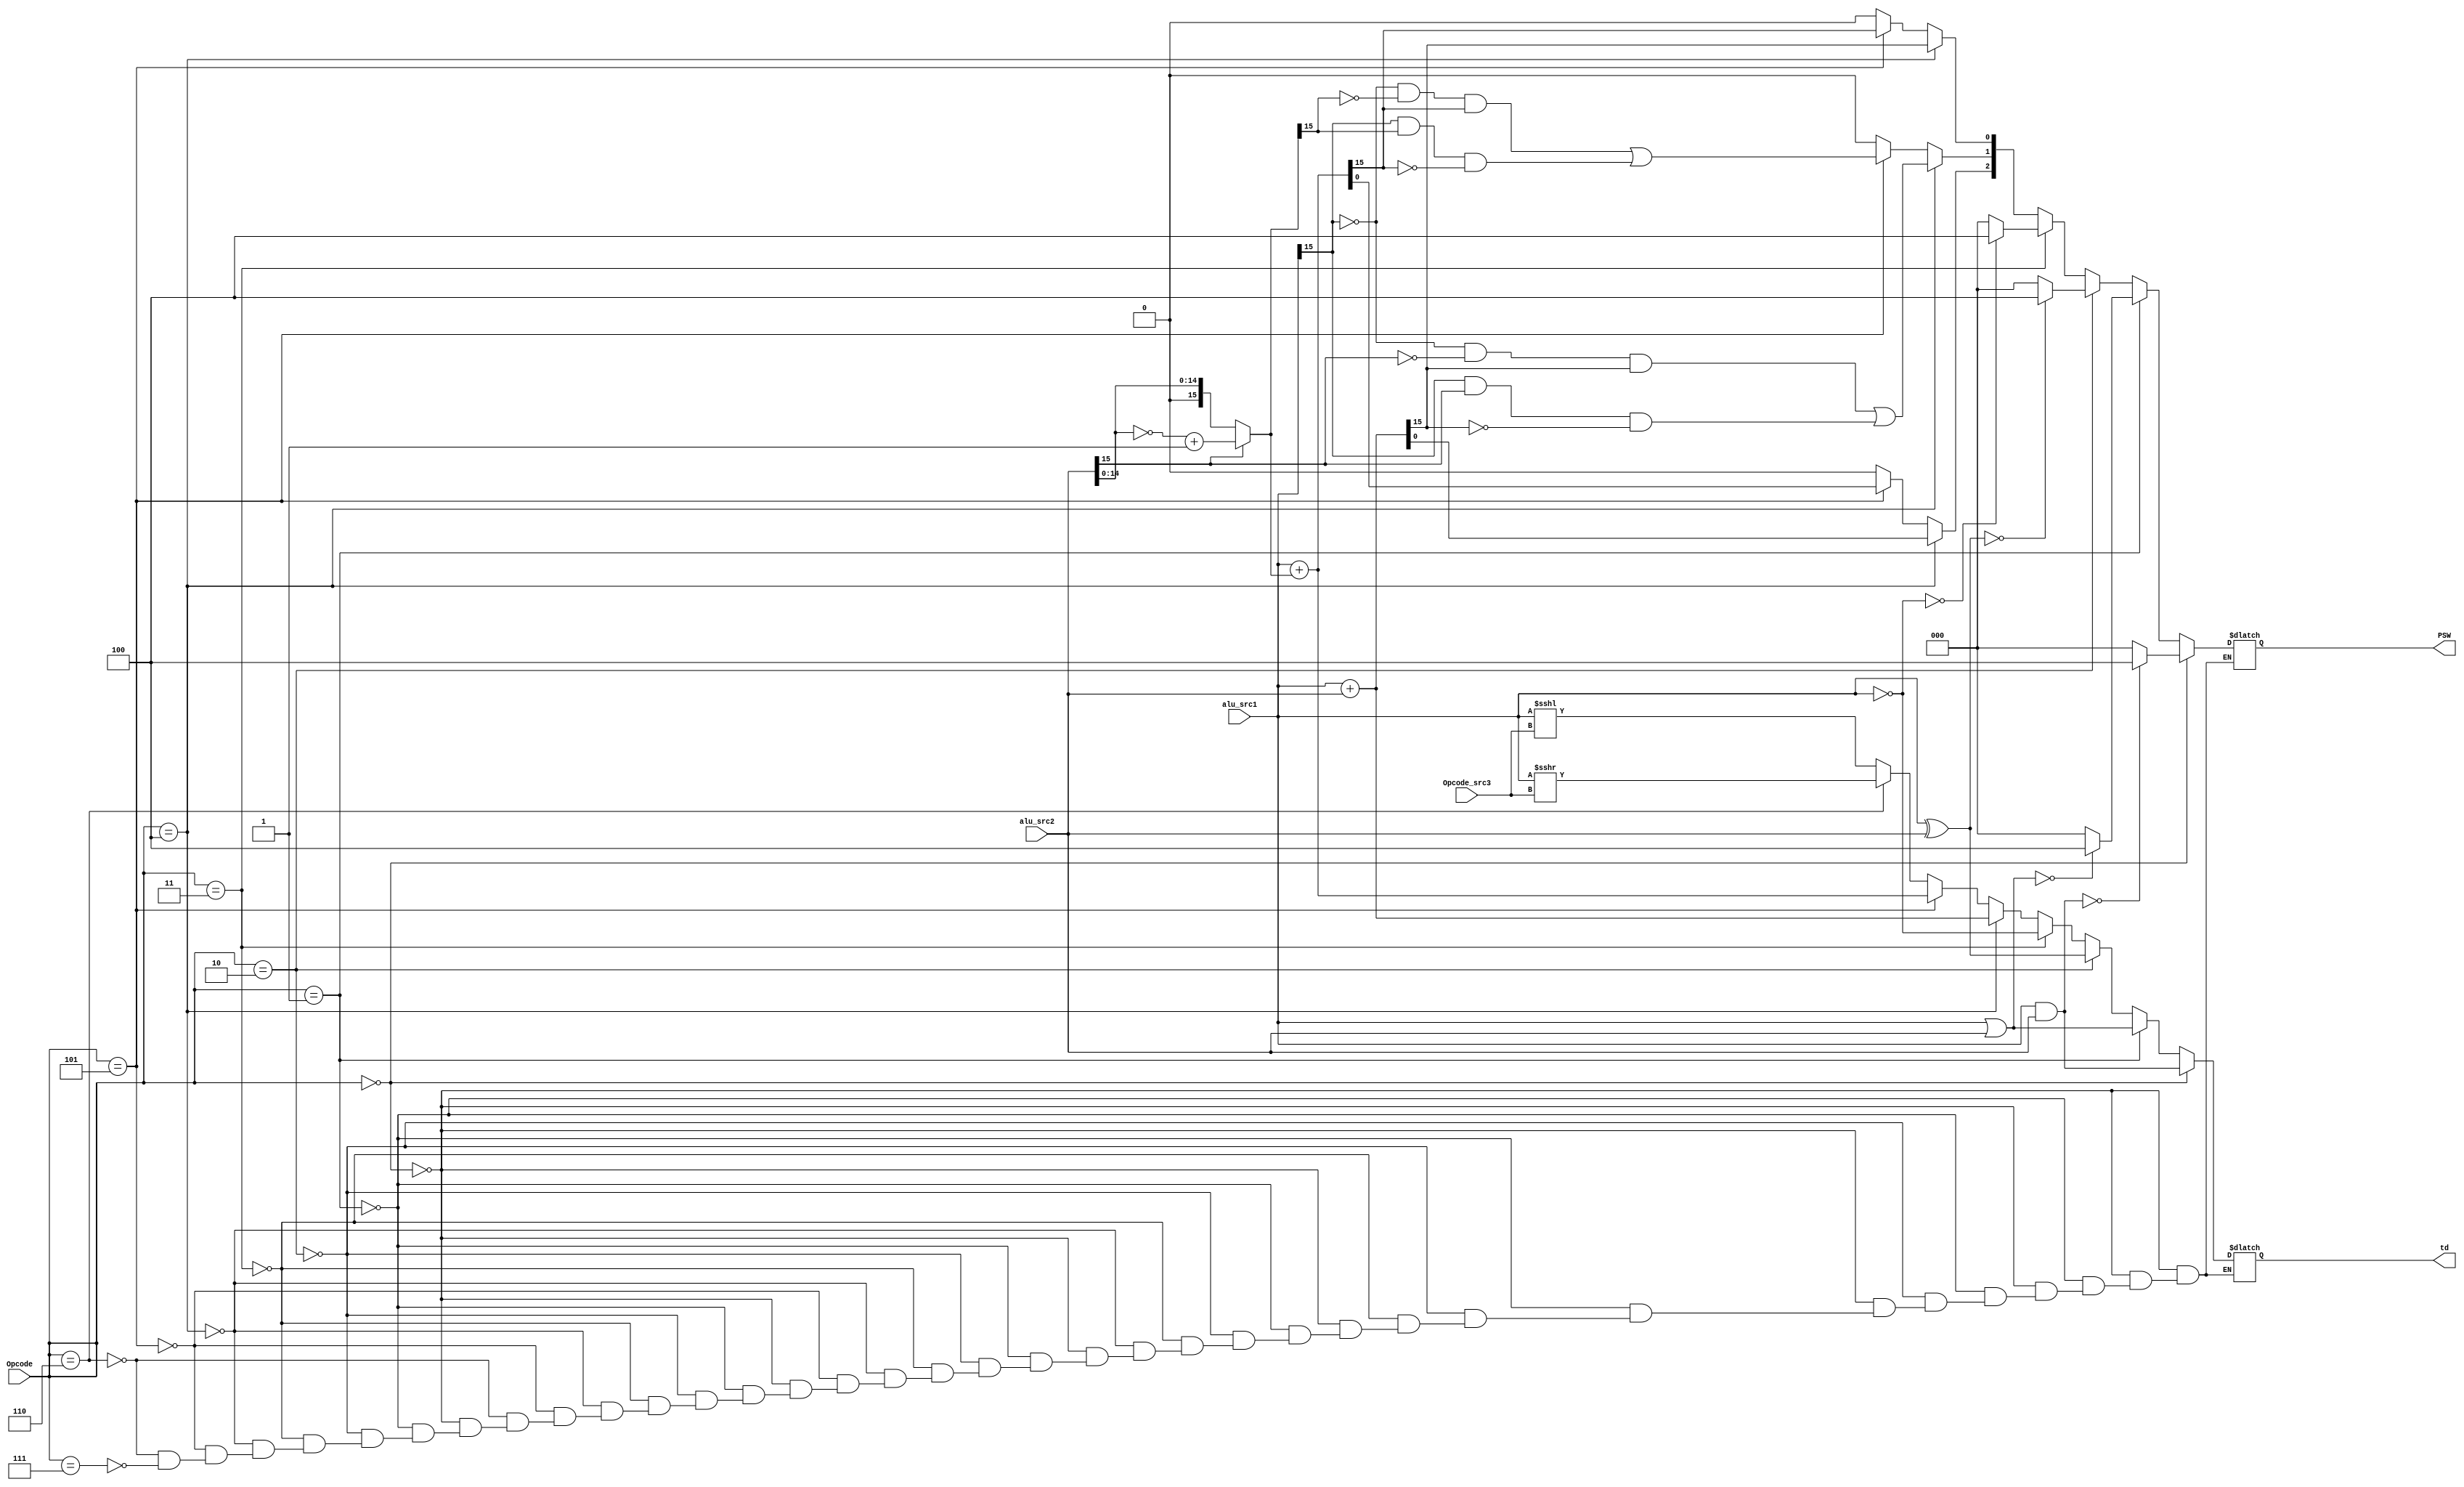
module alu(
    input [3:0]Opcode,
    input  [15:0] alu_src1, 
    input  [15:0] alu_src2,
    input  [3 :0] Opcode_src3,
    output reg [2:0] PSW,
    output reg [15:0] td
    );
    reg [15:0]num2;
always@(*)
        if(Opcode==4'b0000)begin    // 位与运算
            td = alu_src1 & alu_src2;
            if(!td) PSW = 3'b100; 
            else PSW = 3'b000;
            end
            else if(Opcode==4'b0001)begin   // 位或运算
            td = alu_src1 | alu_src2;
            if(!td) PSW = 3'b100;
            else PSW = 3'b000; 
            end
            else if(Opcode==4'b0010)begin   // 异或运算
            td = alu_src1 ^ alu_src2;
            if(!td) PSW = 3'b100;
            else PSW = 3'b000;
            end
            else if(Opcode==4'b0011)begin   // 非运算
            td = ~alu_src1;
            if(!td) PSW = 3'b100;
            else PSW = 3'b000; 
            end
            else if(Opcode==4'b0100)begin   // 加法计算
            td = alu_src1 + alu_src2;  
            PSW[2] = 1 & td; // 是否为0
            PSW[1] = ((~alu_src1[15])&(~alu_src2[15])&td[15])|(alu_src1[15]&alu_src2[15]&(~td[15])); // 是否溢出
            PSW[0] = td[15]; // 符号位
            end
            else if(Opcode==4'b0101)begin   // 减法计算
            num2 = alu_src2[15]?{alu_src2[15],~alu_src2[14:0]+1}:alu_src2;
            td = alu_src1 + num2;  
            PSW[2] = 1 & td; // 是否为0
            PSW[1] = ((~alu_src1[15])&(~num2[15])&td[15])|(alu_src1[15]&num2[15]&(~td[15])); // 是否溢出
            PSW[0] = td[15]; // 符号位
            end
            else if(Opcode==4'b0110)begin   // 算数左移计算
            td = alu_src1 >>> Opcode_src3;
            PSW = 3'b000; 
            end
            else if(Opcode==4'b0111)begin   // 算数右移计算
            td = alu_src1 <<< Opcode_src3;
            PSW = 3'b000; 
            end
endmodule